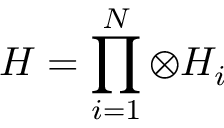
{ \cal { H } } = \prod _ { i = 1 } ^ { N } \otimes { \cal { H } } _ { i }